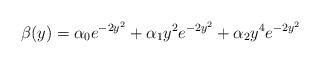
LaTeX: \begin{align*} \beta(y)= \alpha_{0}e^{-2y^{2}}+\alpha_{1}y^{2}e^{-2y^{2}}+\alpha_{2}y^{4}e^{-2y^{2}}\end{align*}